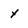
Character: y